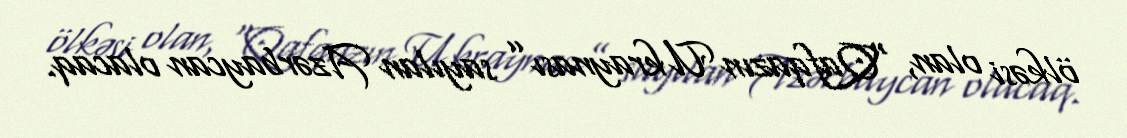
ölkəsi olan, “Qafqazın Ukraynası” sayılan Azərbaycan olacaq.